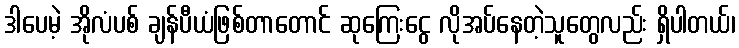
ဒါပေမဲ့ အိုလံပစ် ချန်ပီယံဖြစ်တာတောင် ဆုကြေးငွေ လိုအပ်နေတဲ့သူတွေလည်း ရှိပါတယ်၊